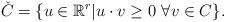
LaTeX: \begin{align*}\check C = \{ u \in \mathbb{R}^r | u\cdot v \geq 0 \ \forall v \in C \}. \end{align*}